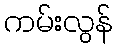
ကမ်းလွန်